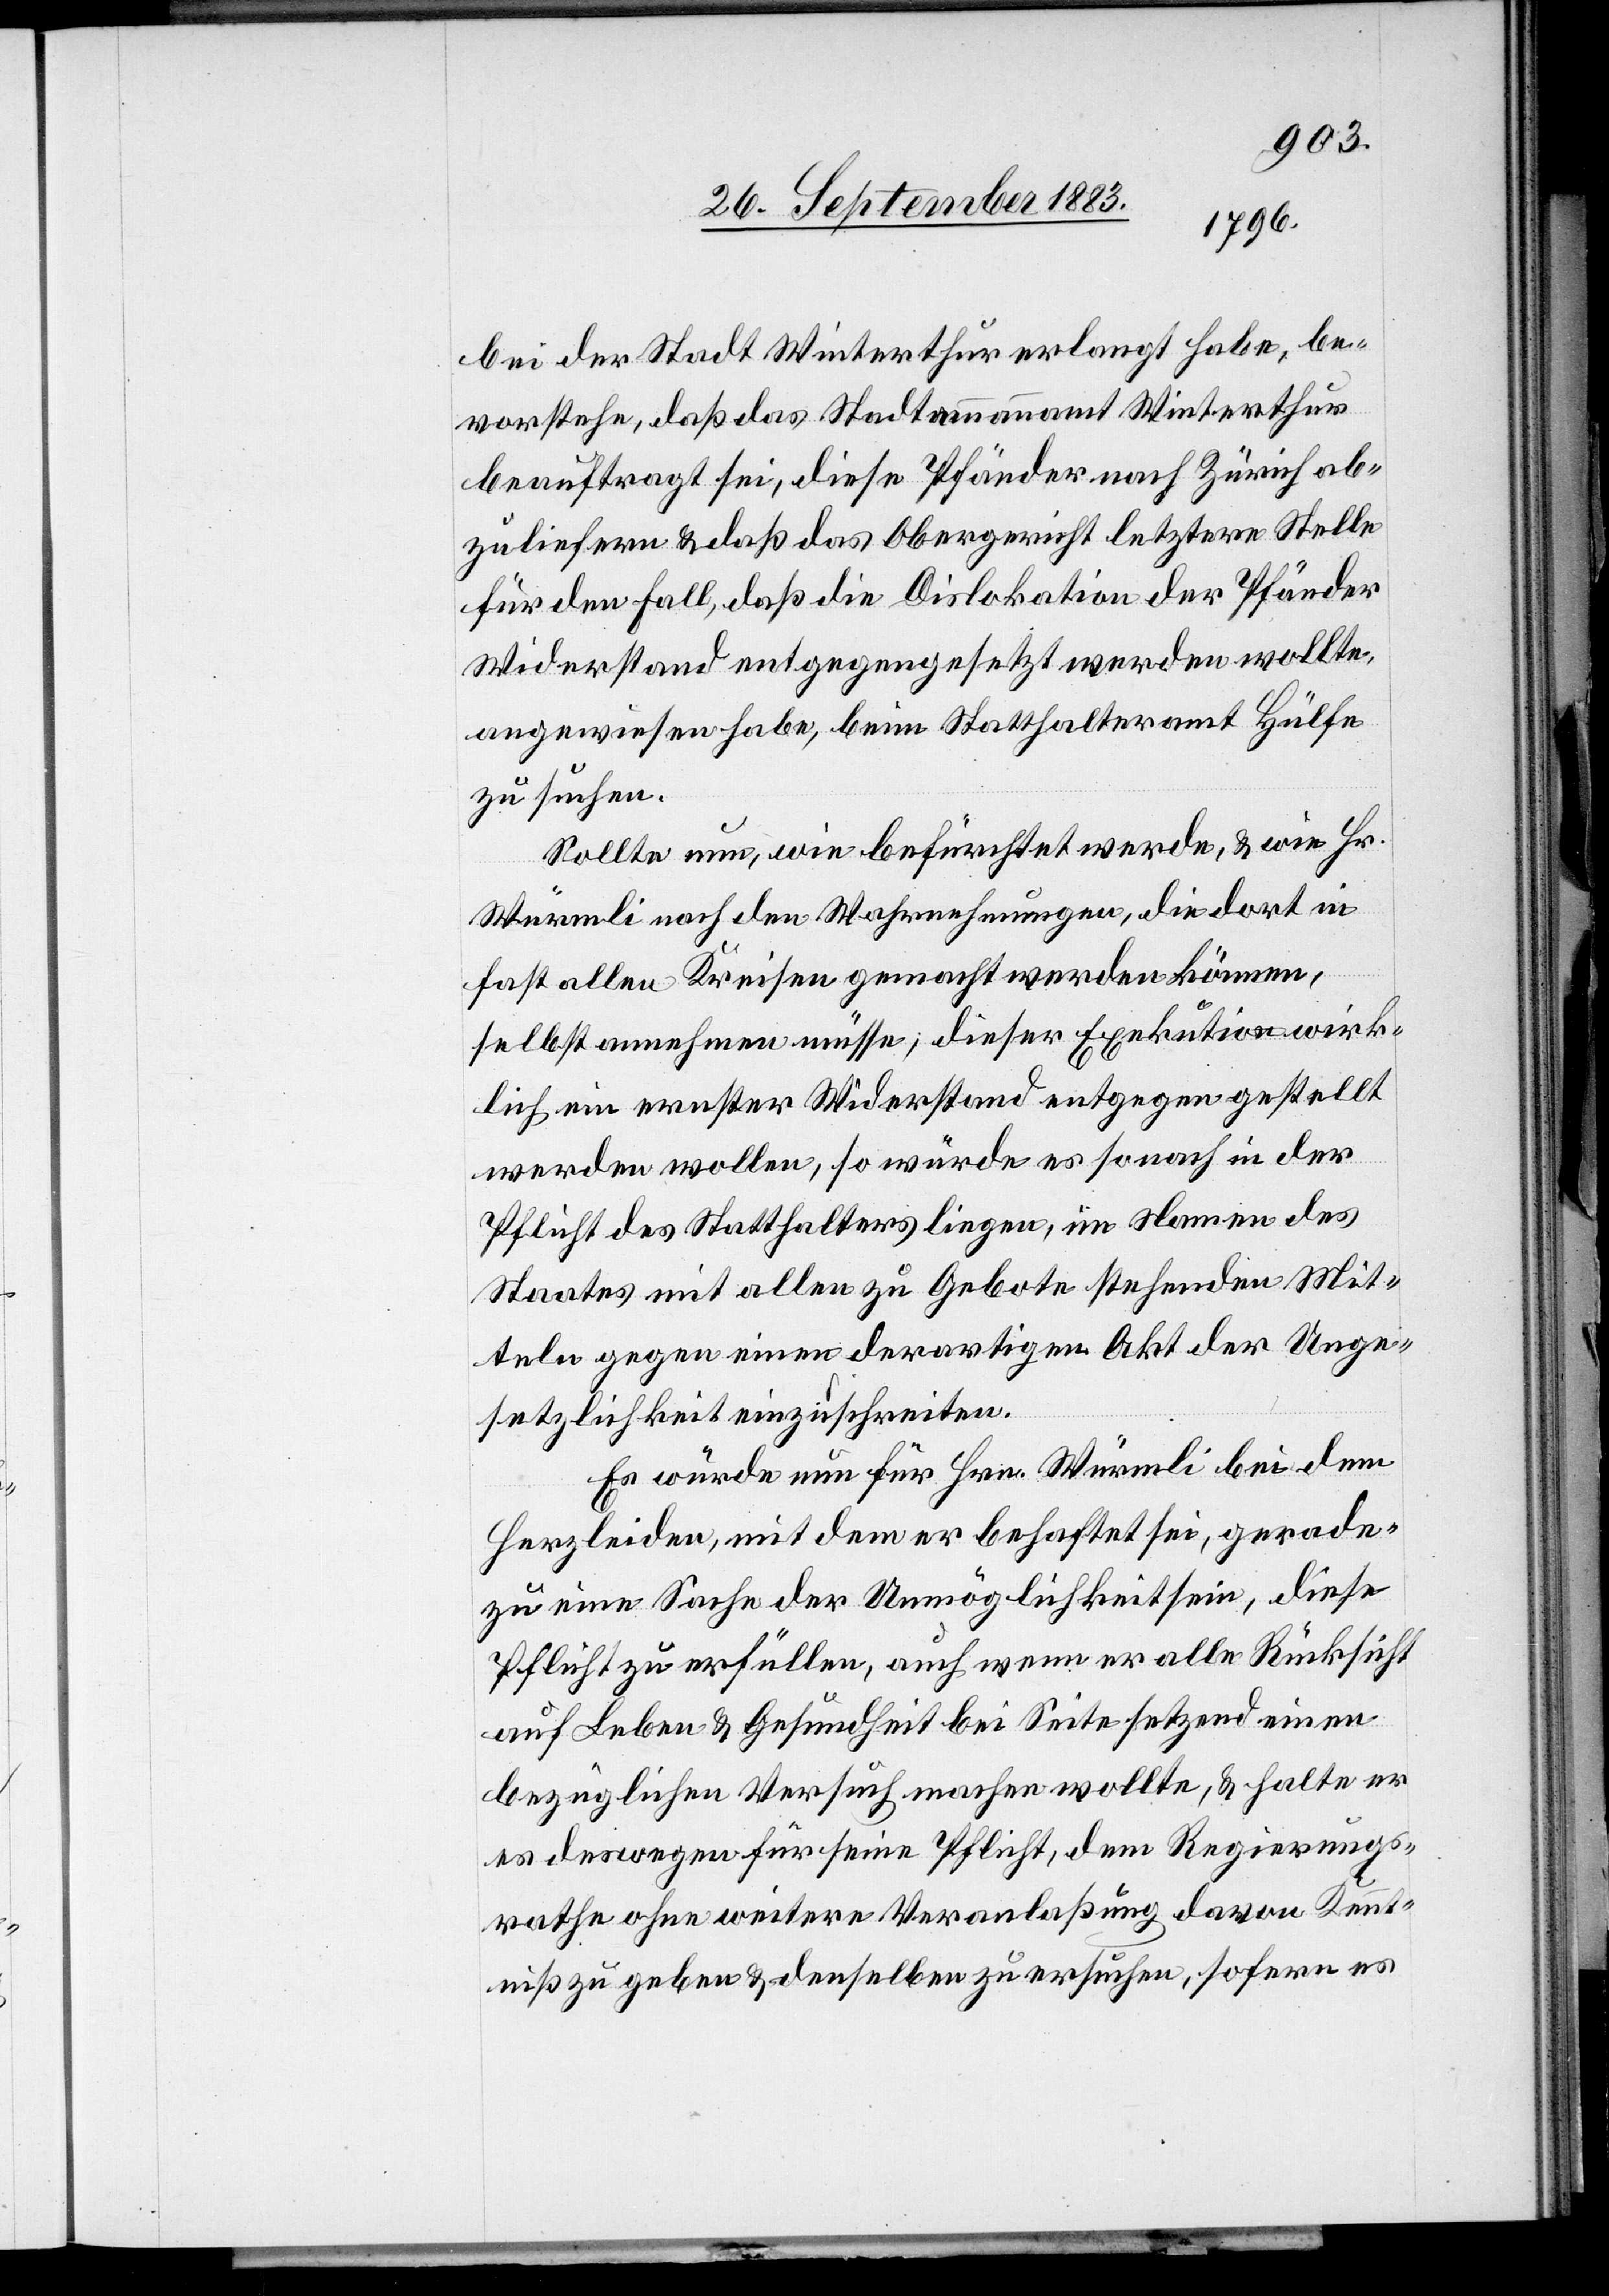
bei der Stadt Winterthur verlangt habe, be¬
vorstehe, daß das Stadtammannamt Winterthur
beauftragt sei, diese Pfänder nach Zürich ab¬
zuliefern & daß das Obergericht letztere Stelle
für den Fall, daß die [recte: der] Dislokation der Pfänder
Widerstand entgegengesetzt werden wollte,
angewiesen habe, beim Statthalteramt Hülfe
zu suchen.
Sollte nun, wie befürchtet werde, & wie Hr.
Würmli nach den Wahrnehmungen, die dort in
fast allen Kreisen gemacht werden können,
selbst annehmen müsse, dieser Exekution wirk¬
lich ein ernster Widerstand entgegen gestellt
werden wollen, so würde es sonach in der
Pflicht des Statthalters liegen, im Namen des
Staates mit allen zu Gebote stehenden Mit¬
teln gegen einen derartigen Akt der Unge¬
setzlichkeit einzuschreiten.
Es würde nun für Hrn. Würmli bei dem
Herzleiden, mit dem er behaftet sei, gerade¬
zu eine Sache der Unmöglichkeit sein, diese
Pflicht zu erfüllen, auch wenn er alle Rücksicht
auf Leben & Gesundheit bei Seite setzend einen
bezüglichen Versuch machen wollte, & halte er
es deswegen für seine Pflicht, dem Regierungs¬
rathe ohne weitere Veranlaßung davon Kennt¬
niß zu geben & denselben zu ersuchen, sofern es